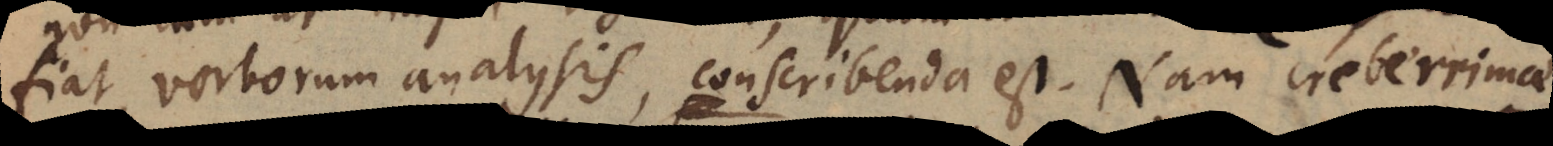
fiat, verborum analysis, conscribenda est. Nam creberrimae